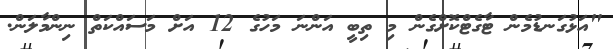
"އަޅުގަނޑުމެން ޓާގެޓްކޮށްގެން މި ތިބީ އަންނަ މަހުގެ 12 އަށް މަސައްކަތް ނިންމާލަން.